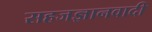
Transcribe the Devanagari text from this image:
सहजज्ञानवादी